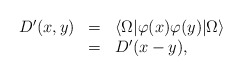
\begin{align*}\begin{array}{rcl}D^{\prime}(x,y)&=&\langle\Omega|\varphi(x)\varphi(y)|\Omega\rangle\\&=&D^{\prime}(x-y), \end{array}\end{align*}